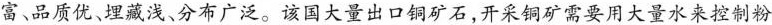
富、品质优、埋藏浅、分布广泛。该国大量出口铜矿石，开采铜矿需要用大量水来控制粉